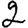
Digit: 2